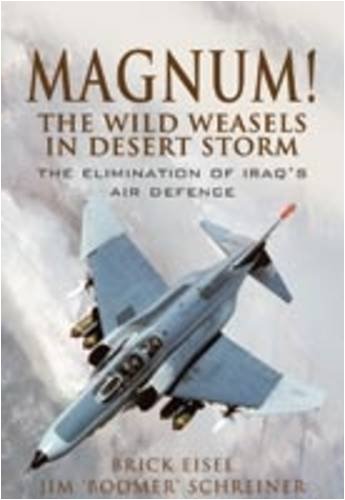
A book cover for MAGNUM! THE WILD WEASELS IN DESERT STORM: The Elimination of Iraq's Air Defence; Brick Eisel; History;